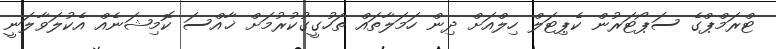
ޓްރަމްޕްގެ ސަޕޯޓަރުން ކެޕިޓަލް ހިލްއަށް ދިން ހަމަލާތައް ތަހުގީގުކުރުމަށް ޚާއްސަ ކޮމިޝަނެއް އެކުލަވާލަނީ